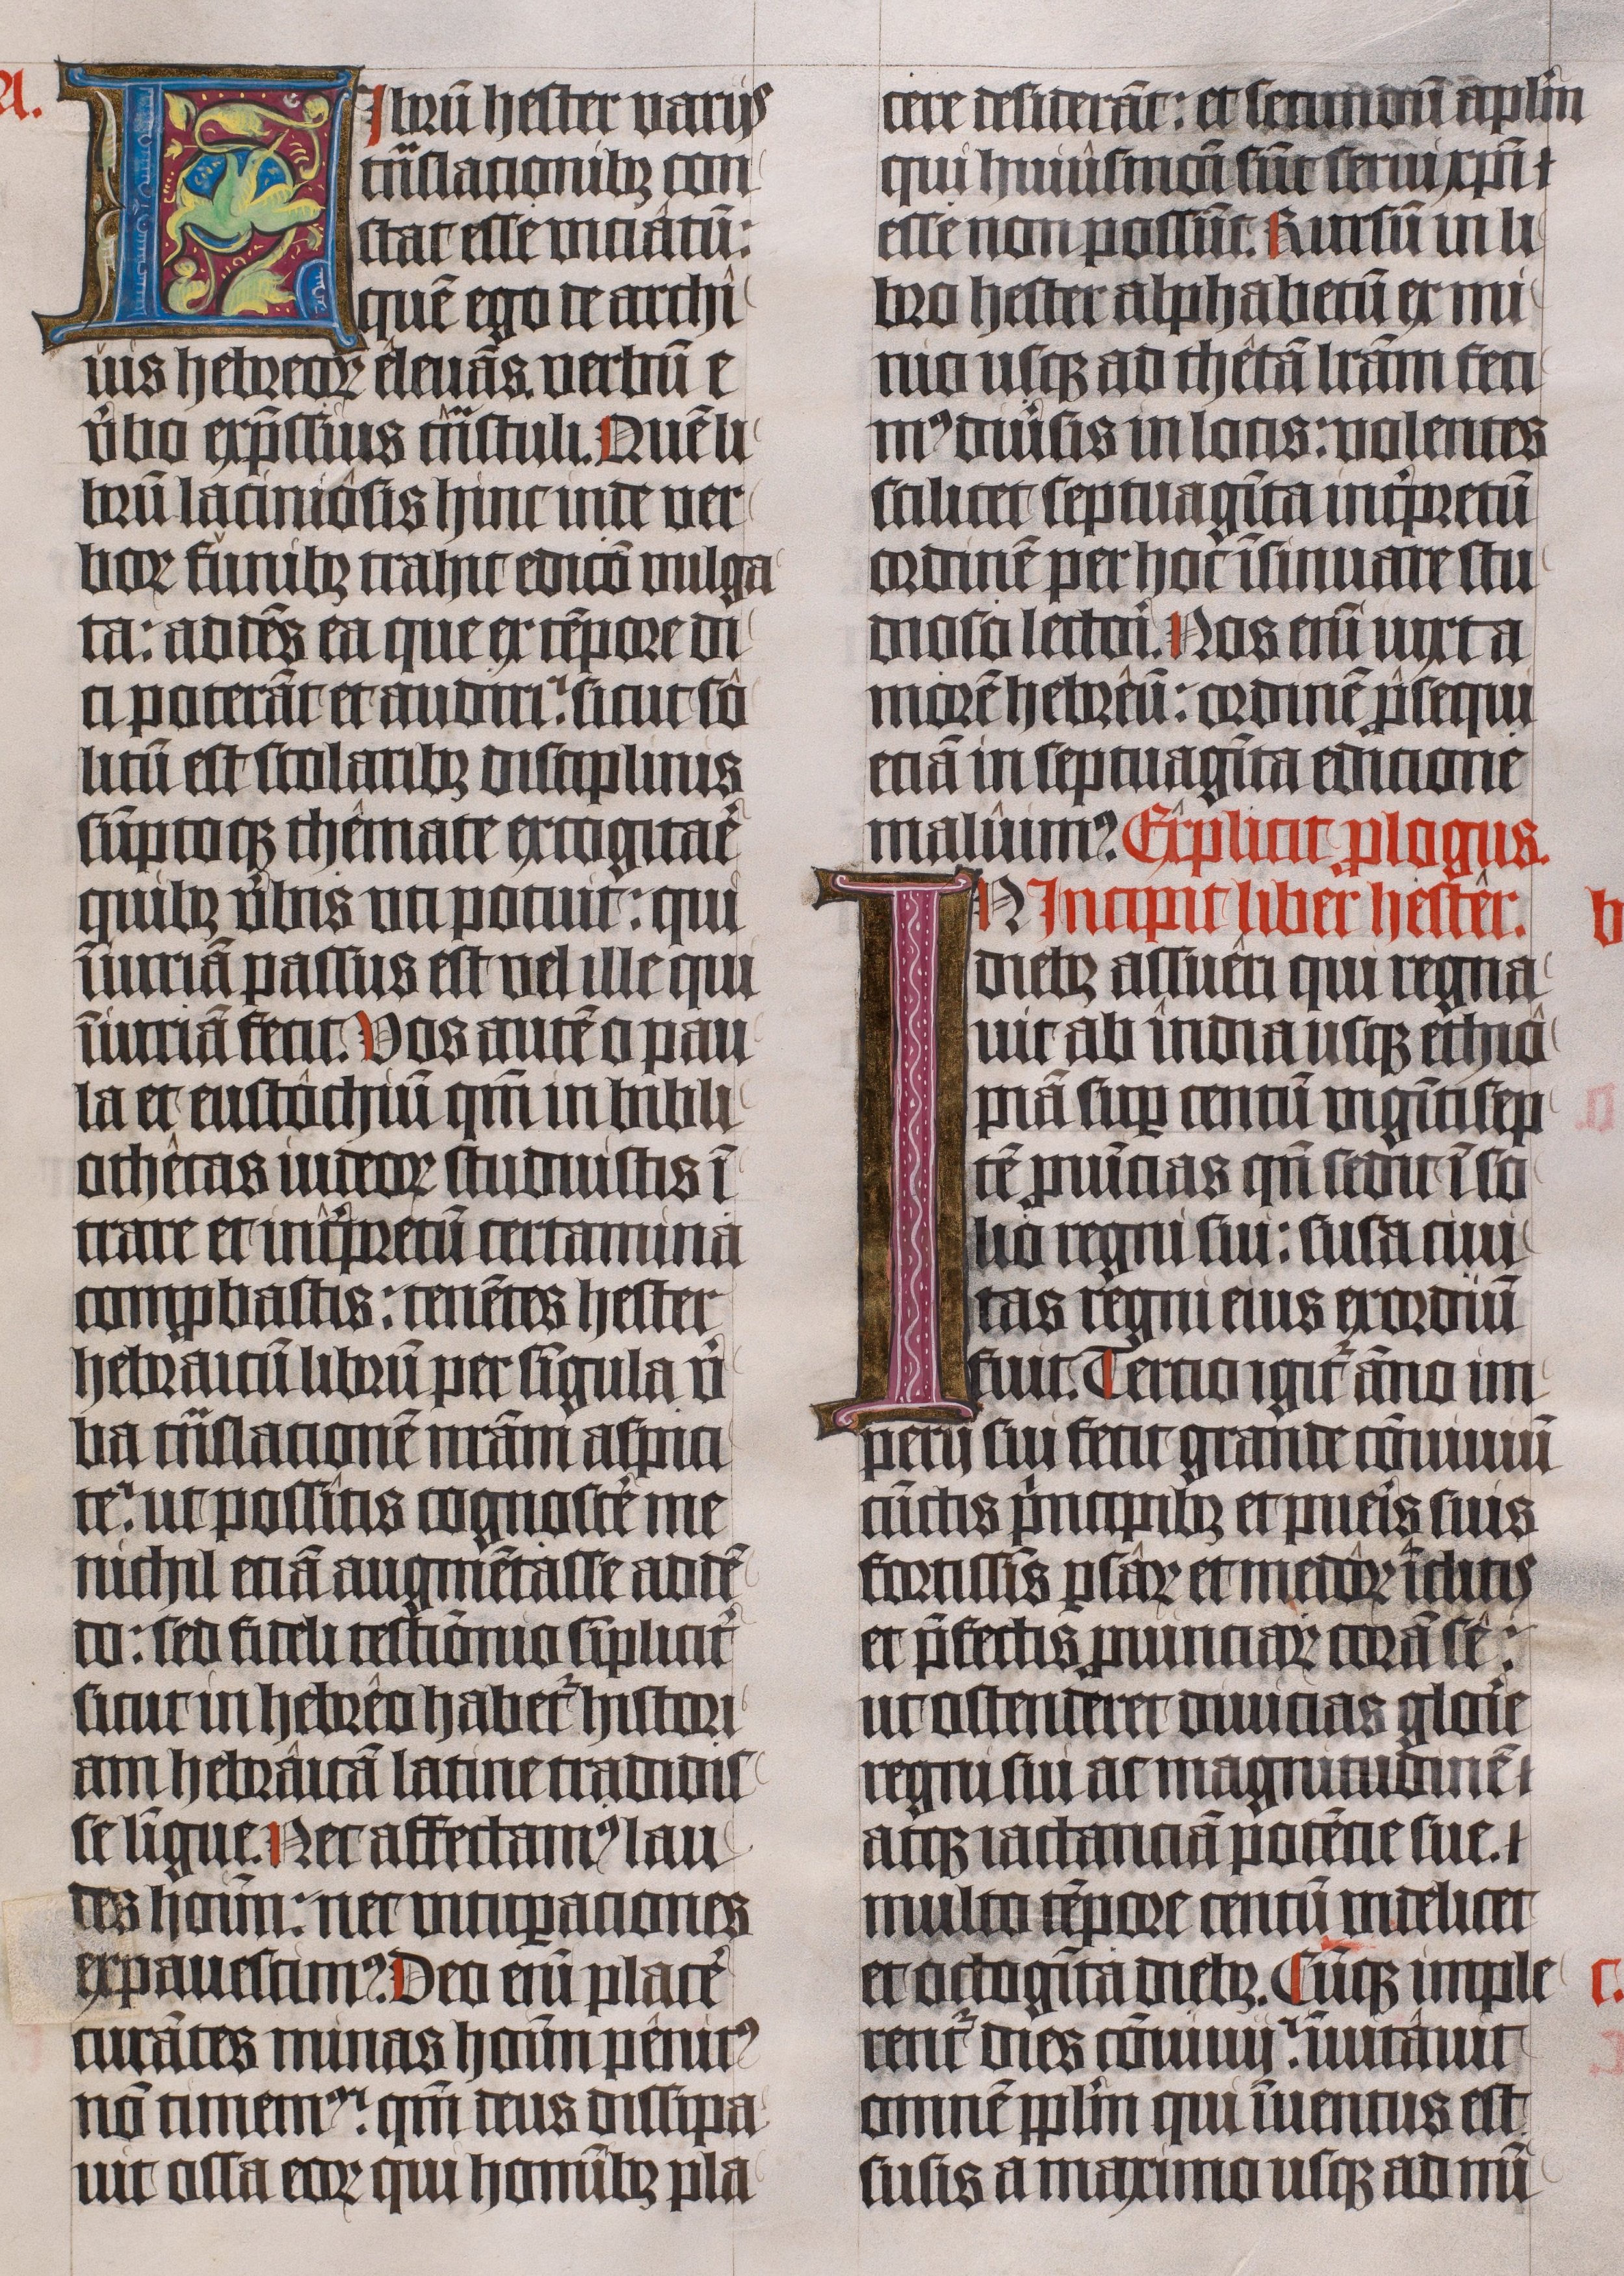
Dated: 1443–1443